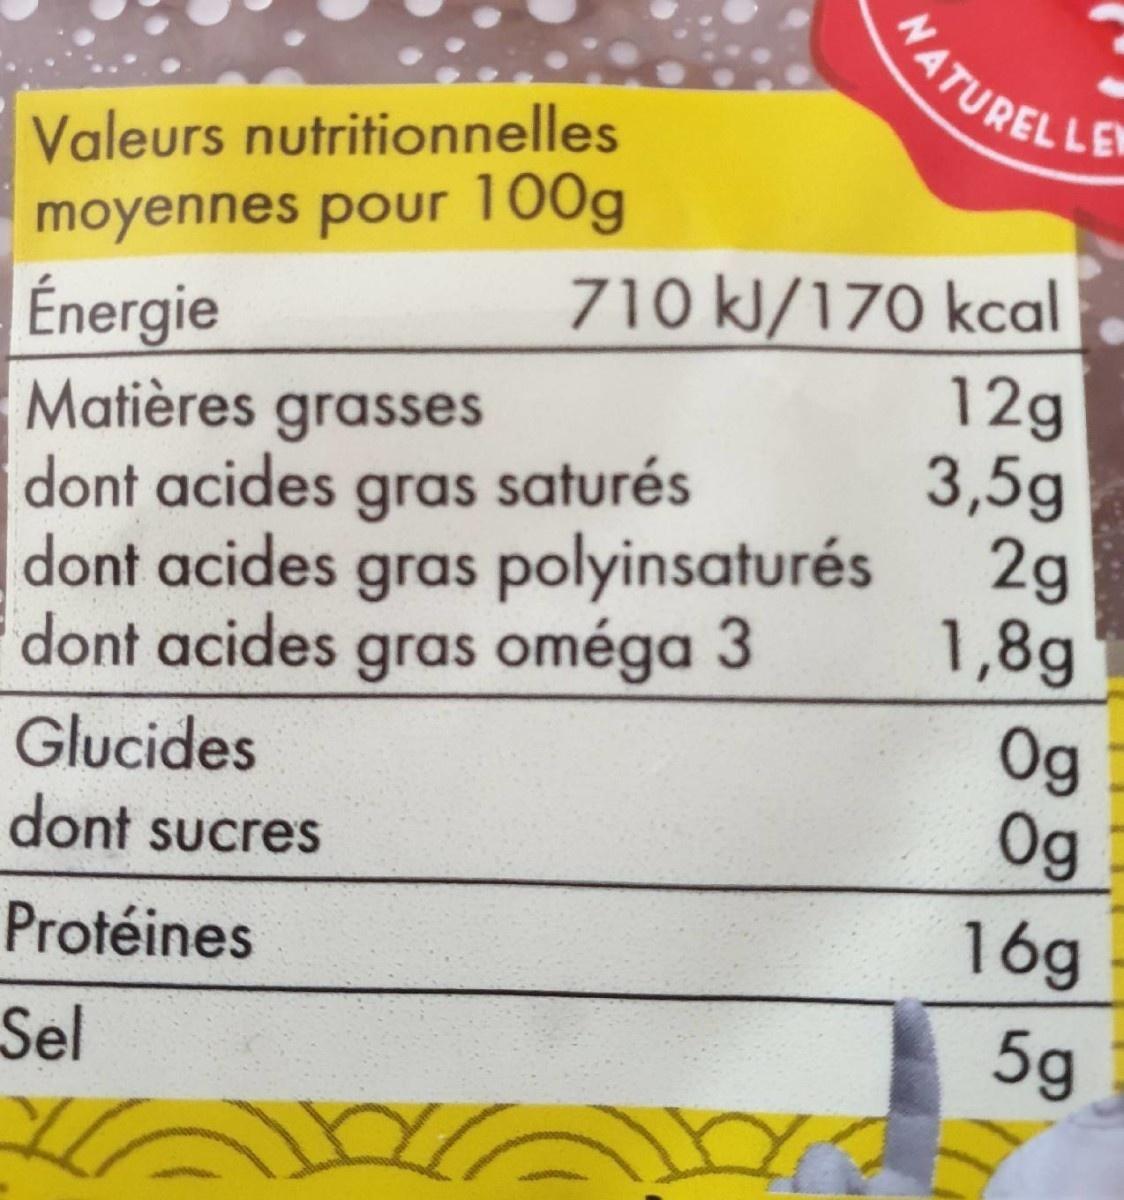
NATUREL
Valeurs nutritionnelles
moyennes pour 100g Énergie Matières grasses dont acides gras saturés dont acides gras polyinsaturés dont acides gras oméga 3
710 kJ/170 kcal 12g 3,5g 2g 1,8g
Glucides dont sucres
Og Og
16g
Protéines
5g
Sel